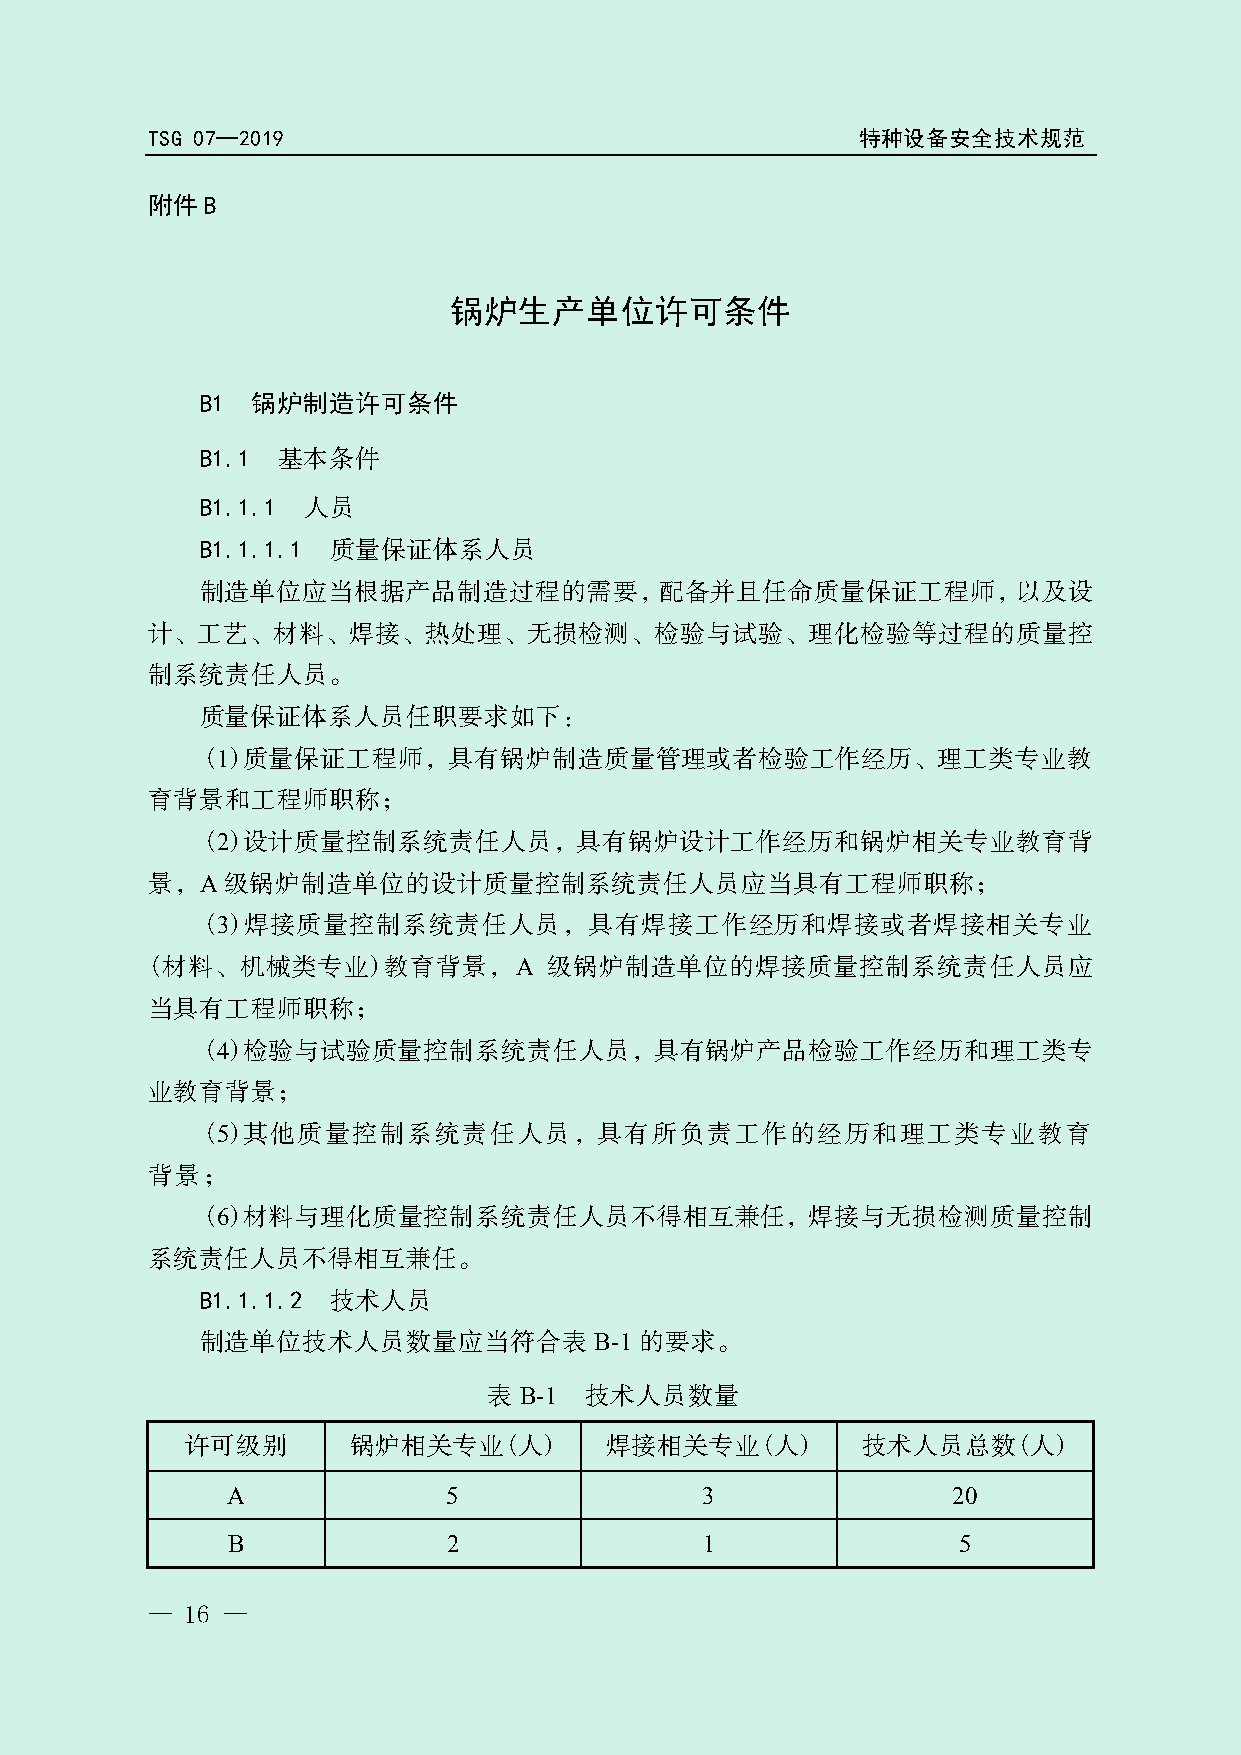
TSG 07—2019                                    特种设备安全技术规范
 附件B
 锅炉生产单位许可条件
 B1  锅炉制造许可条件
 B1.1 基本条件
 B1.1.1 人员
 B1.1.1.1 质量保证体系人员
 局
 制造单位应当根据产品制造过程的需要，配备并且任命质量保证工程师，以及设
 计、工艺、材料、焊接、热处理、无损检测、检验与试验、理化检验等过程的质量控
 总
 制系统责任人员。
 理
 质量保证体系人员任职要求如下：
 (1)质量保证工程师，具有锅炉制造质量管理或管
 者检验工作经历、理工类专业教
 育背景和工程师职称；
 督
 (2)设计质量控制系统责任人员，具有锅炉设计工作经历和锅炉相关专业教育背
 监
 景，A  级锅炉制造单位的设计质量控制系统责任人员应当具有工程师职称；
 (3)焊接质量控制系统责任人员场        ，具有焊接工作经历和焊接或者焊接相关专业
 (材料、机械类专业)教育背景，A          级锅炉制造单位的焊接质量控制系统责任人员应
 市
 当具有工程师职称；
 家
 (4)检验与试验质量控制系统责任人员，具有锅炉产品检验工作经历和理工类专
 业教育背景；         国
 (5)其他质量控制系统责任人员，具有所负责工作的经历和理工类专业教育
 背景；
 (6)材料与理化质量控制系统责任人员不得相互兼任，焊接与无损检测质量控制
 系统责任人员不得相互兼任。
 B1.1.1.2 技术人员
 制造单位技术人员数量应当符合表           B-1 的要求。
 表 B-1  技术人员数量
 许可级别       锅炉相关专业(人)        焊接相关专业(人)        技术人员总数(人)
 A              5               3                20
 B              2               1                5
 — 16 —